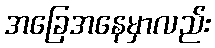
အခြေအနေမှာလည်း